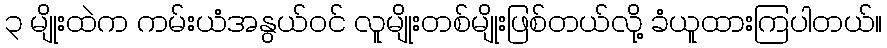
၃ မျိုးထဲက ကမ်းယံအနွယ်ဝင် လူမျိုးတစ်မျိုးဖြစ်တယ်လို့ ခံယူထားကြပါတယ်။